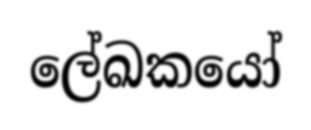
ලේඛකයෝ